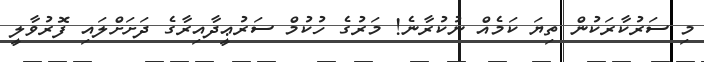
މި ސަރުކާރަކުން ތިޔަ ކަމެއް ނުކުރާނެ! މަރުގެ ހުކުމް ސަރުޢީދާއިރާގެ ދަށަށްލައި ފޮރުވާލީ